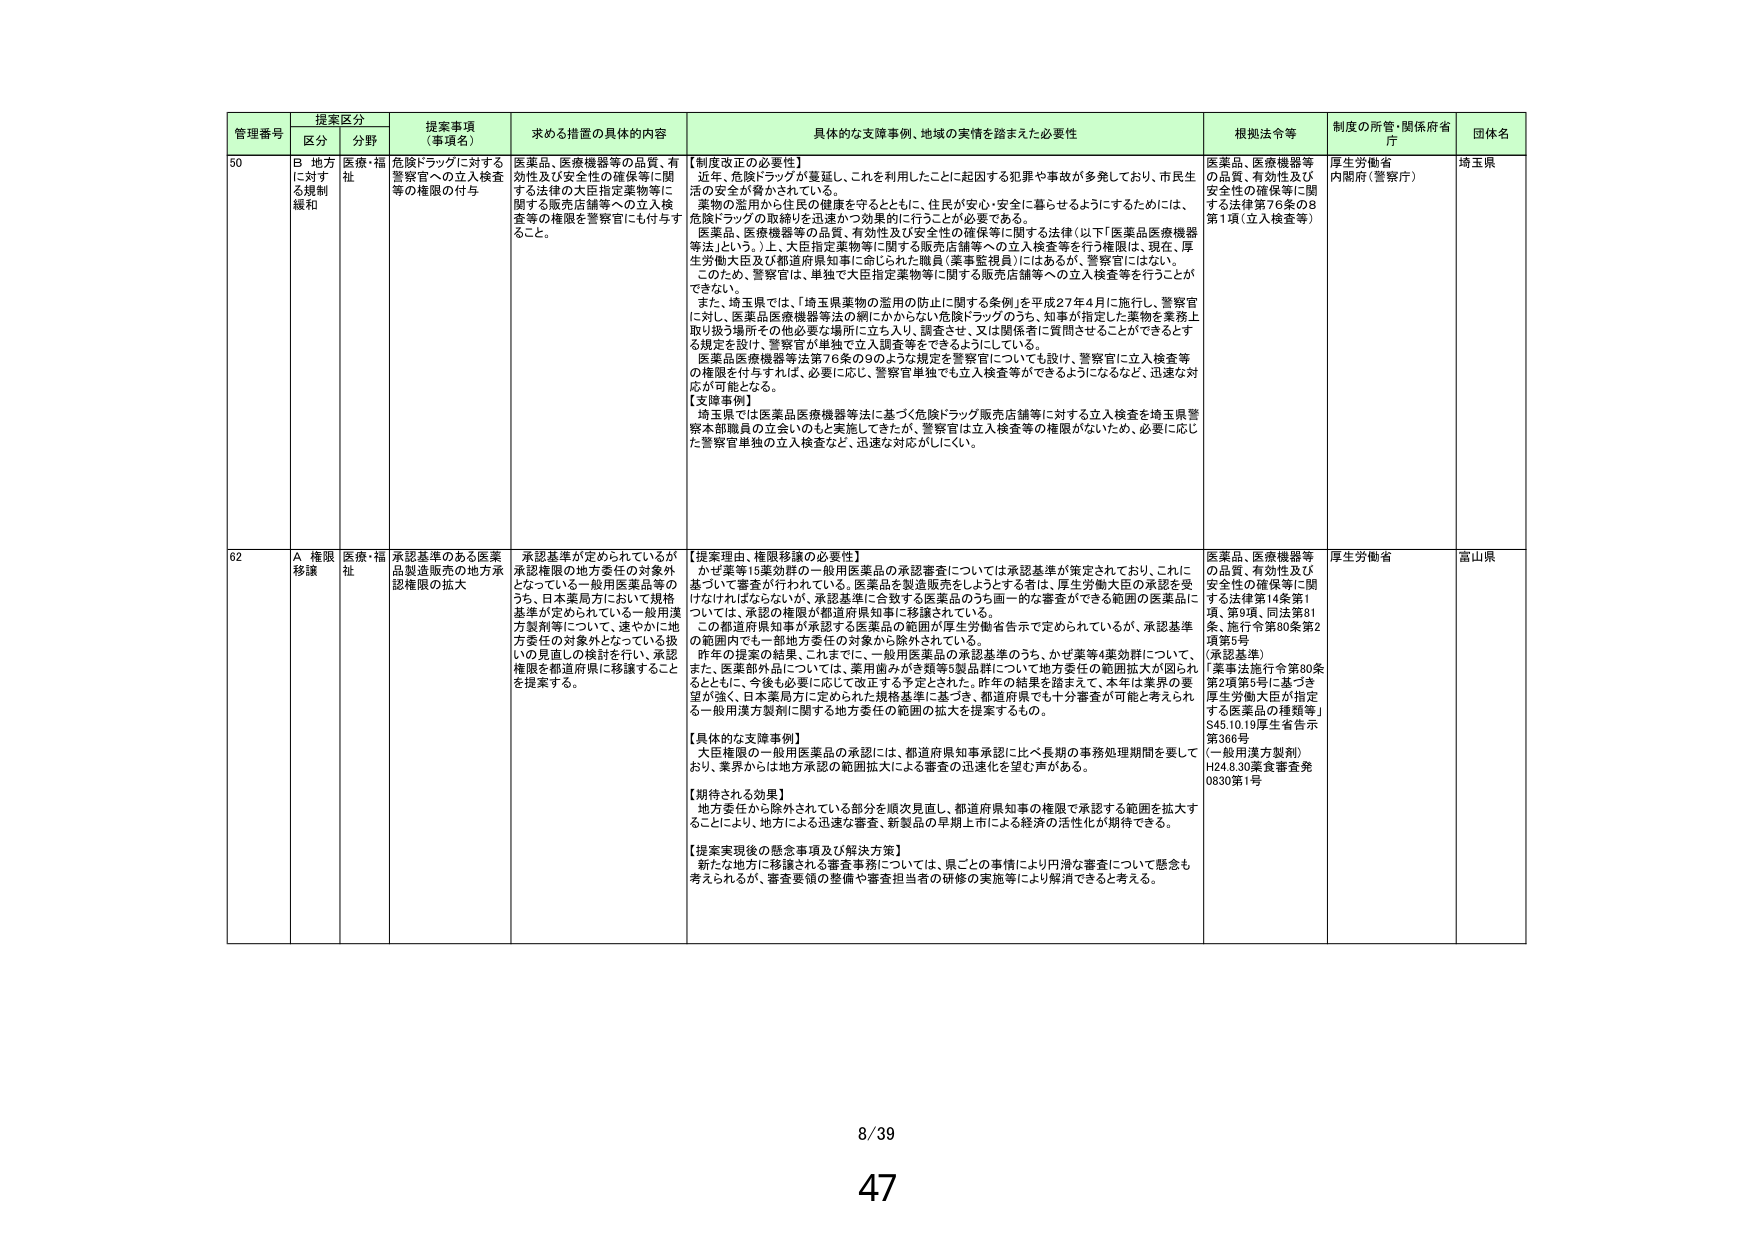
管理番号 提案区分 提案事項（事項名） 求める措置の具体的内容 具体的な支援事例、地域の実情を踏まえた必要性 根拠法令等 制度の所管・関係府省庁 団体名
区分 分野
50 B 地方に対する規制緩和 医療・福祉 危険ドラッグに対する警察官への立入検査等の権限の付与 医薬品、医療機器等の品質、有効性及び安全性の確保等に関する法律の大臣指定薬物等に関する販売店舗等への立入検査等の権限を警察官にも付与すること。 【制度改正の必要性】近年、危険ドラッグが蔓延し、これを利用したことに起因する犯罪や事故が多発しており、市民生活の安全が脅かされている。薬物の濫用から住民の健康を守るとともに、住民が安心・安全に暮らせるようにするためには、危険ドラッグの取締りを迅速かつ効果的に行うことが必要である。医薬品、医療機器等の品質、有効性及び安全性の確保等に関する法律（以下「医薬品医療機器等法」という。）上、大臣指定薬物等に関する販売店舗等への立入検査等を行う権限は、現在、厚生労働大臣及び都道府県知事に命じられた職員（薬事監視員）にはあるが、警察官にはない。このため、警察官は、単独で大臣指定薬物等に関する販売店舗等への立入検査等を行うことができない。また、埼玉県では、「埼玉県薬物の濫用の防止に関する条例」を平成27年4月に施行し、警察官に対し、医薬品医療機器等法の網にかからない危険ドラッグのうち、知事が指定した薬物を業務上取り扱う場所その他必要な場所に立ち入り、調査させ、又は関係者に質問させることができるとする規定を設け、警察官が単独で立入調査等をできるようにしている。医薬品医療機器等法第76条の9のような規定を警察官についても設け、警察官に立入検査等の権限を付与すれば、必要に応じ、警察官単独でも立入検査等ができるようになるなど、迅速な対応が可能となる。【支援事例】埼玉県では医薬品医療機器等法に基づく危険ドラッグ販売店舗等に対する立入検査を埼玉県警察本部職員の立会いのもと実施してきたが、警察官は立入検査等の権限がないため、必要に応じた警察官単独の立入検査など、迅速な対応がしにくい。 医薬品、医療機器等の品質、有効性及び安全性の確保等に関する法律第76条の8第1項（立入検査等） 厚生労働省 内閣府（警察庁） 埼玉県
62 A 権限移譲 医療・福祉 承認基準のある医薬品製造販売の地方承認権限の拡大 承認基準が定められているが承認権限の地方委任の対象外となっている一般用医薬品等のうち、日本薬局方において規格基準が定められている一般用漢方製剤等について、速やかに地方委任の対象外となっている扱いの見直しの検討を行い、承認権限を都道府県に移譲することを提案する。 【提案理由、権限移譲の必要性】かぜ薬等15薬効群の一般用医薬品の承認審査については承認基準が策定されており、これに基づいて審査が行われている。医薬品を製造販売をしようとする者は、厚生労働大臣の承認を受けなければならないが、承認基準に合致する医薬品のうち画一的な審査ができる範囲の医薬品については、承認の権限が都道府県知事に移譲されている。この都道府県知事が承認する医薬品の範囲が厚生労働省告示で定められているが、承認基準の範囲内でも一部地方委任の対象から除外されている。昨年の提案の結果、これまでに、一般用医薬品の承認基準のうち、かぜ薬等4薬効群について、また、医薬部外品については、薬用歯みがき類等5製品群について地方委任の範囲拡大が図られるとともに、今後も必要に応じて改正する予定とされた。昨年の結果を踏まえて、本年は業界の要望が強く、日本薬局方に定められた規格基準に基づき、都道府県でも十分審査が可能と考えられる一般用漢方製剤に関する地方委任の範囲の拡大を提案するもの。【具体的な支援事例】大臣権限の一般用医薬品の承認には、都道府県知事承認に比べ長期の事務処理期間を要しており、業界からは地方承認の範囲拡大による審査の迅速化を望む声がある。【期待される効果】地方委任から除外されている部分を順次見直し、都道府県知事の権限で承認する範囲を拡大することにより、地方による迅速な審査、新製品の早期上市による経済の活性化が期待できる。【提案実現後の懸念事項及び解決方策】新たな地方に移譲される審査事務については、県ごとの事情により円滑な審査について懸念も考えられるが、審査要領の整備や審査担当者の研修の実施等により解消できると考える。 医薬品、医療機器等の品質、有効性及び安全性の確保等に関する法律第14条第1項、第9項、同法第81条、施行令第80条第2項第5号（承認基準）（薬事法施行令第80条第2項第5号に基づき厚生労働大臣が指定する医薬品の種類等）S45.10.19厚生省告示第366号（一般用漢方製剤）H24.8.30薬食審査発0830第1号 厚生労働省 富山県
8/39
47